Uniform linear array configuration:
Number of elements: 48
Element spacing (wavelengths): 0.25
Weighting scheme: uniform
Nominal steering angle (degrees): -60
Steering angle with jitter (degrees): -58.267
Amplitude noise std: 0.05
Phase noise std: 0.05

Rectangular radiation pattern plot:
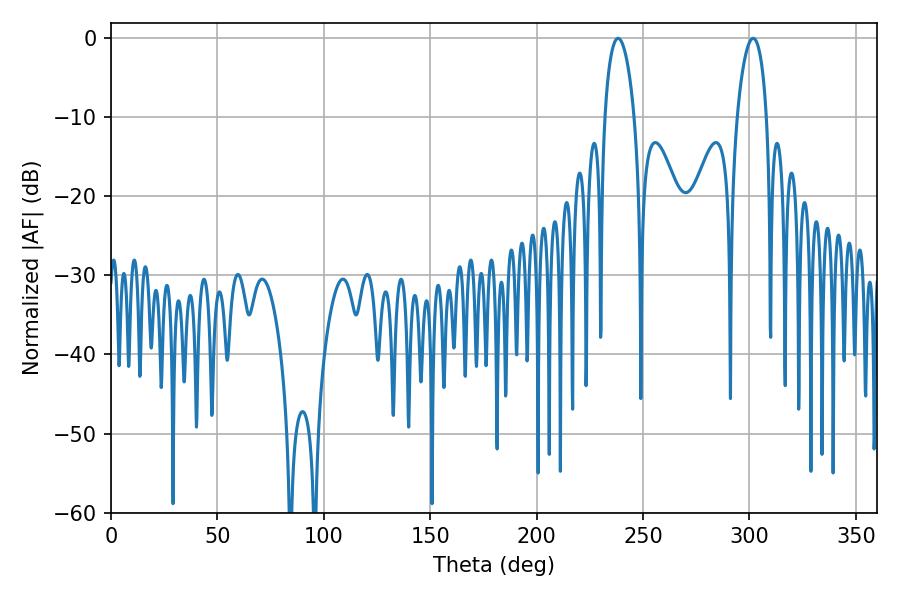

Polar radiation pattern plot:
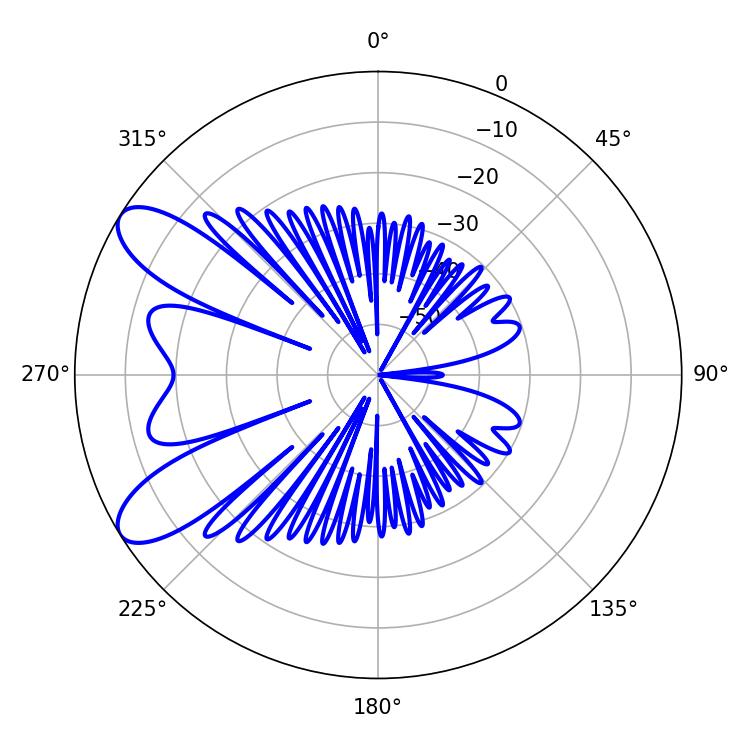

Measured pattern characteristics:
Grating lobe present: FALSE
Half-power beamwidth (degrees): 7.92
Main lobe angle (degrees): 238.32